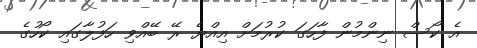
އެ ކޯސް ނިންމުން ފާހަގަ ކުރުމަށް އިއްޔެ ރޭ ބޭއްވި ހަފުލާގައި ކޯހުގެ